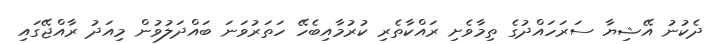
ދެކުނު އޭޝިޔާ ސަރަހައްދުގެ ތިމާވެށި ރައްކާތެރި ކުރުމާއިބެހޭ ހަތަރުވަނަ ބައްދަލުވުން މިއަދު ރާއްޖޭގައި